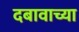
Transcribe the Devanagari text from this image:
दबावाच्या